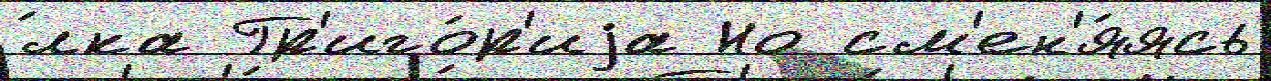
́лка Гр'иго́р'иjа Но см'ен'я́ясь